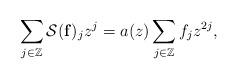
LaTeX: \begin{align*} \sum_{j \in \mathbb{Z}} \mathcal{S}(\mathbf{f})_j z^j = a(z) \sum_{j \in \mathbb{Z}} f_j z^{2j} , \end{align*}